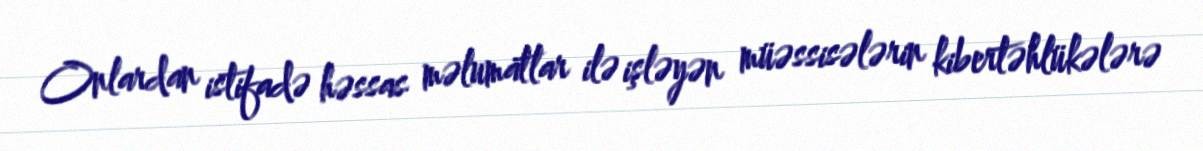
Onlardan istifadə həssas məlumatlar ilə işləyən müəssisələrin kibertəhlükələrə